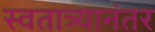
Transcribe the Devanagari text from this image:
स्वतात्र्यानंतर